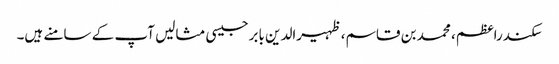
سکندراعظم، محمد بن قاسم، ظہیرالدین بابرجیسی مثالیں آپ کے سامنے ہیں۔